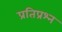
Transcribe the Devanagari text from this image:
प्रतिप्रश्न